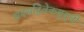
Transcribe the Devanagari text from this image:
सदसद्विवेकबुद्धी